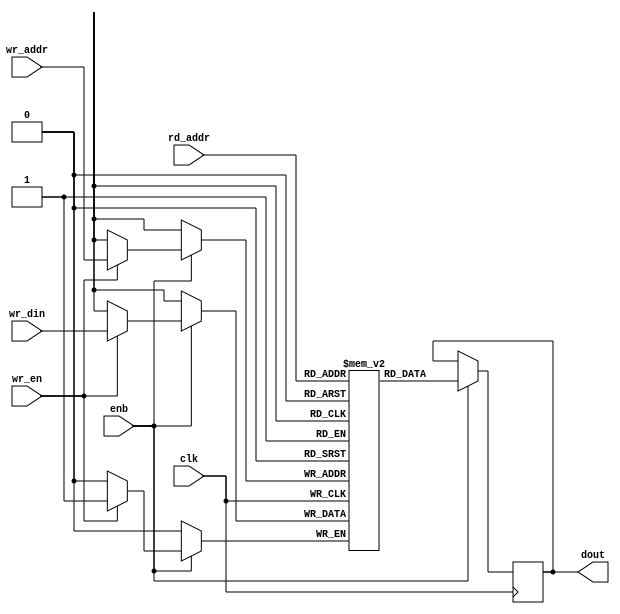
// -------------------------------------------------------------
// 
// 
// Generated by MATLAB 23.2, HDL Coder 23.2, and Simulink 23.2
// 
// -------------------------------------------------------------


// -------------------------------------------------------------
// 
// Module: SimpleDualPortRAM_singlebit
// Source Path: SimpleDualPortRAM_singlebit
// Hierarchy Level: 3
// Model version: 9.74
// 
// -------------------------------------------------------------

`timescale 1 ns / 1 ns

module SimpleDualPortRAM_singlebit
          (clk,
           enb,
           wr_din,
           wr_addr,
           wr_en,
           rd_addr,
           dout);

  parameter integer AddrWidth  = 1;
  parameter integer DataWidth  = 1;

  input   clk;
  input   enb;
  input   wr_din;  // ufix1
  input   [AddrWidth - 1:0] wr_addr;  // parameterized width
  input   wr_en;  // ufix1
  input   [AddrWidth - 1:0] rd_addr;  // parameterized width
  output  dout;  // ufix1


  reg   ram [2**AddrWidth - 1:0];
  reg   data_int;
  integer i;

  initial begin
    for (i=0; i<=2**AddrWidth - 1; i=i+1) begin
      ram[i] = 0;
    end
    data_int = 0;
  end


  always @(posedge clk)
    begin : SimpleDualPortRAM_singlebit_process
      if (enb == 1'b1) begin
        if (wr_en == 1'b1) begin
          ram[wr_addr] <= wr_din;
        end
        data_int <= ram[rd_addr];
      end
    end

  assign dout = data_int;

endmodule  // SimpleDualPortRAM_singlebit